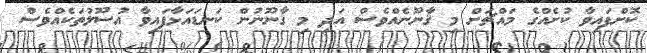
ކޮށްފައިވާ ކުށެއްގެ މައްޗަށް މި ޤާނޫނެއްވެސް އަދި މި ޤާނޫނުން ކަނޑައަޅާފައިވާ އުސޫލުތަކެއްވެސް